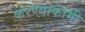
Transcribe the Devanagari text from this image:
करण्याकामी